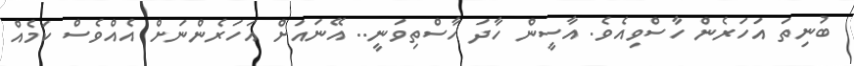
ބުނިތަ އަހަރެން ހާސްވިއެވެ. އާސީން ހާދަ ހާސްތިވަނީ.. އޭނައަށް އަހަރެންނަށް އެއްވެސް ކަމެއް